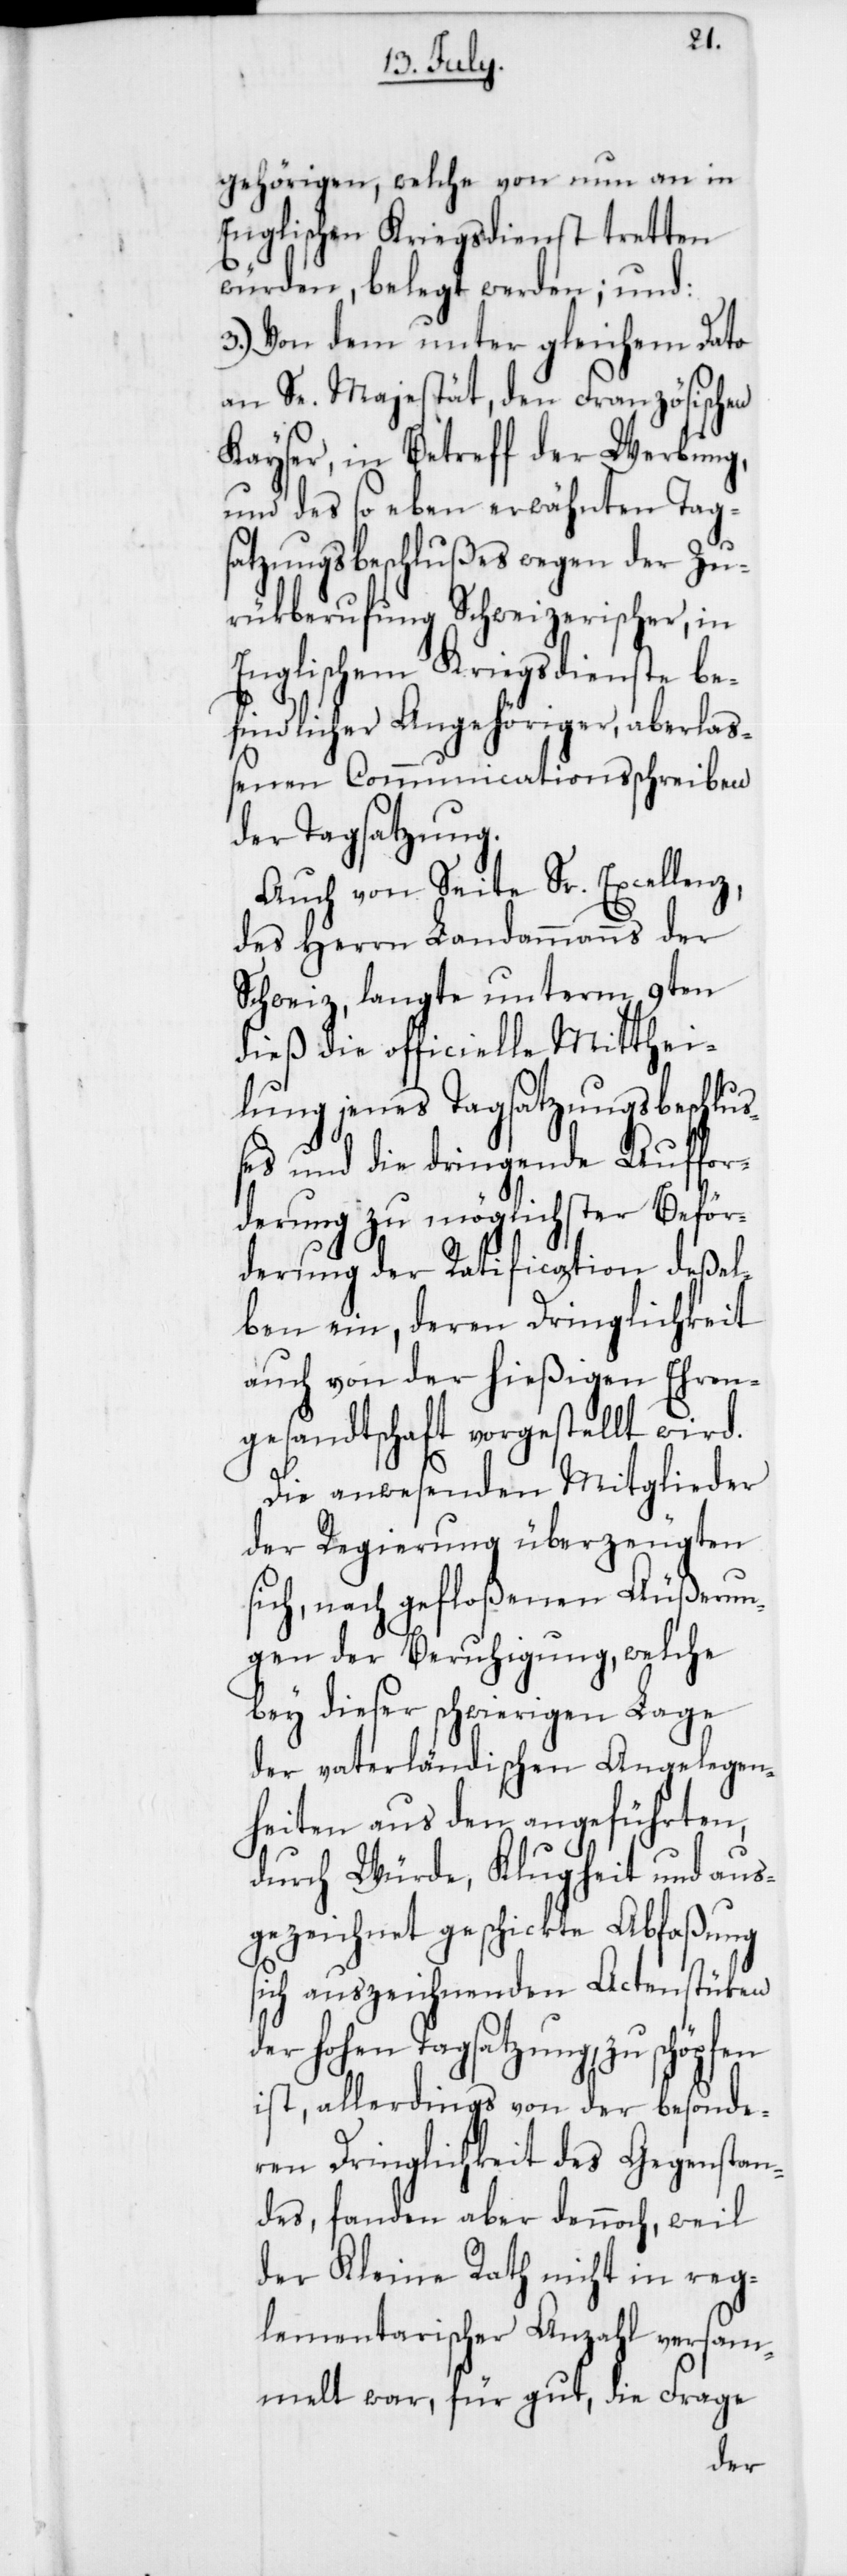
gehörigen, welche von nun an in
Englischen Kriegsdienst tretten
würden, belegt werden; und:
3. Von dem unter gleichem Dato
an Se. Majestät, den Französischen
Kayser, in Betreff der Werbung,
und des so eben erwähnten Tag¬
satzungsbeschlußes wegen der Zu¬
rükberufung Schweizerischer, in
Englischem Kriegsdienste be¬
findlicher Angehöriger, aberlaß¬
enen Communicationsschreiben
der Tagsatzung.
Auch von Seite Sr. Excellenz,
des Herrn Landammanns der
Schweiz, langte unterm 9ten
dieß die officielle Mitthei¬
lung jenes Tagsatzungsbeschluß¬
es und die dringende Auffor¬
derung zu möglichster Beför¬
derung der Ratification deßel¬
ben ein, deren Dringlichkeit
auch von der hießigen Ehren¬
gesandtschaft vorgestellt wird.
Die anwesenden Mitglieder
der Regierung überzeugten
sich, nach gefloßenen Äußerun¬
gen der Beruhigung, welche
bey dieser schwierigen Lage
der vaterländischen Angelegen¬
heiten aus den angeführten,
durch Würde, Klugheit und aus¬
gezeichnet geschickte Abfaßung
sich auszeichnenden Actenstüken
der hohen Tagsatzung, zu schöpfen
ist, allerdings von der besonde¬
ren Dringlichkeit des Gegenstan¬
des, fanden aber dennoch, weil
der Kleine Rath nicht in reg¬
lementarischer Anzahl versam¬
melt war, für gut, die Frage